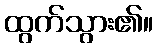
ထွက်သွား၏။